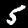
Label: 5